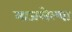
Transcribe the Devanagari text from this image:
माजलेल्या